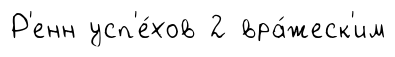
Р'енн усп'е́хов 2 вра́жеск'им